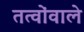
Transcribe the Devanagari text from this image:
तत्वोंवाले